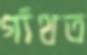
গাঁথত